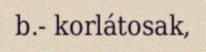
b.- korlátosak,